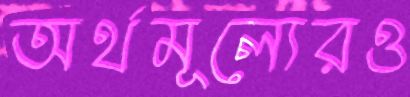
অর্থমূল্যেরও